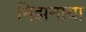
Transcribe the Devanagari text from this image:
निझ़नाया